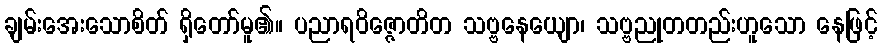
ချမ်းအေးသောစိတ် ရှိတော်မူ၏။ ပညာရဝိဇ္ဇောတိတ သဗ္ဗနေယျော၊ သဗ္ဗညုတတည်းဟူသော နေဖြင့်